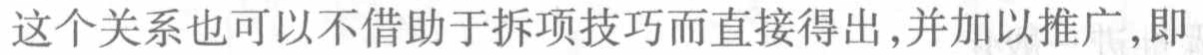
这个关系也可以不借助于拆项技巧而直接得出,并加以推广,即